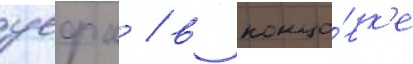
уефа / в концо́вк'е